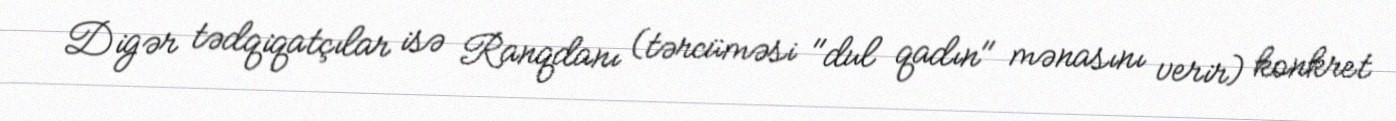
Digər tədqiqatçılar isə Ranqdanı (tərcüməsi "dul qadın" mənasını verir) konkret